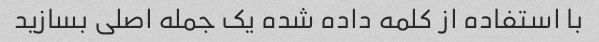
با استفاده از کلمه داده شده یک جمله اصلی بسازید